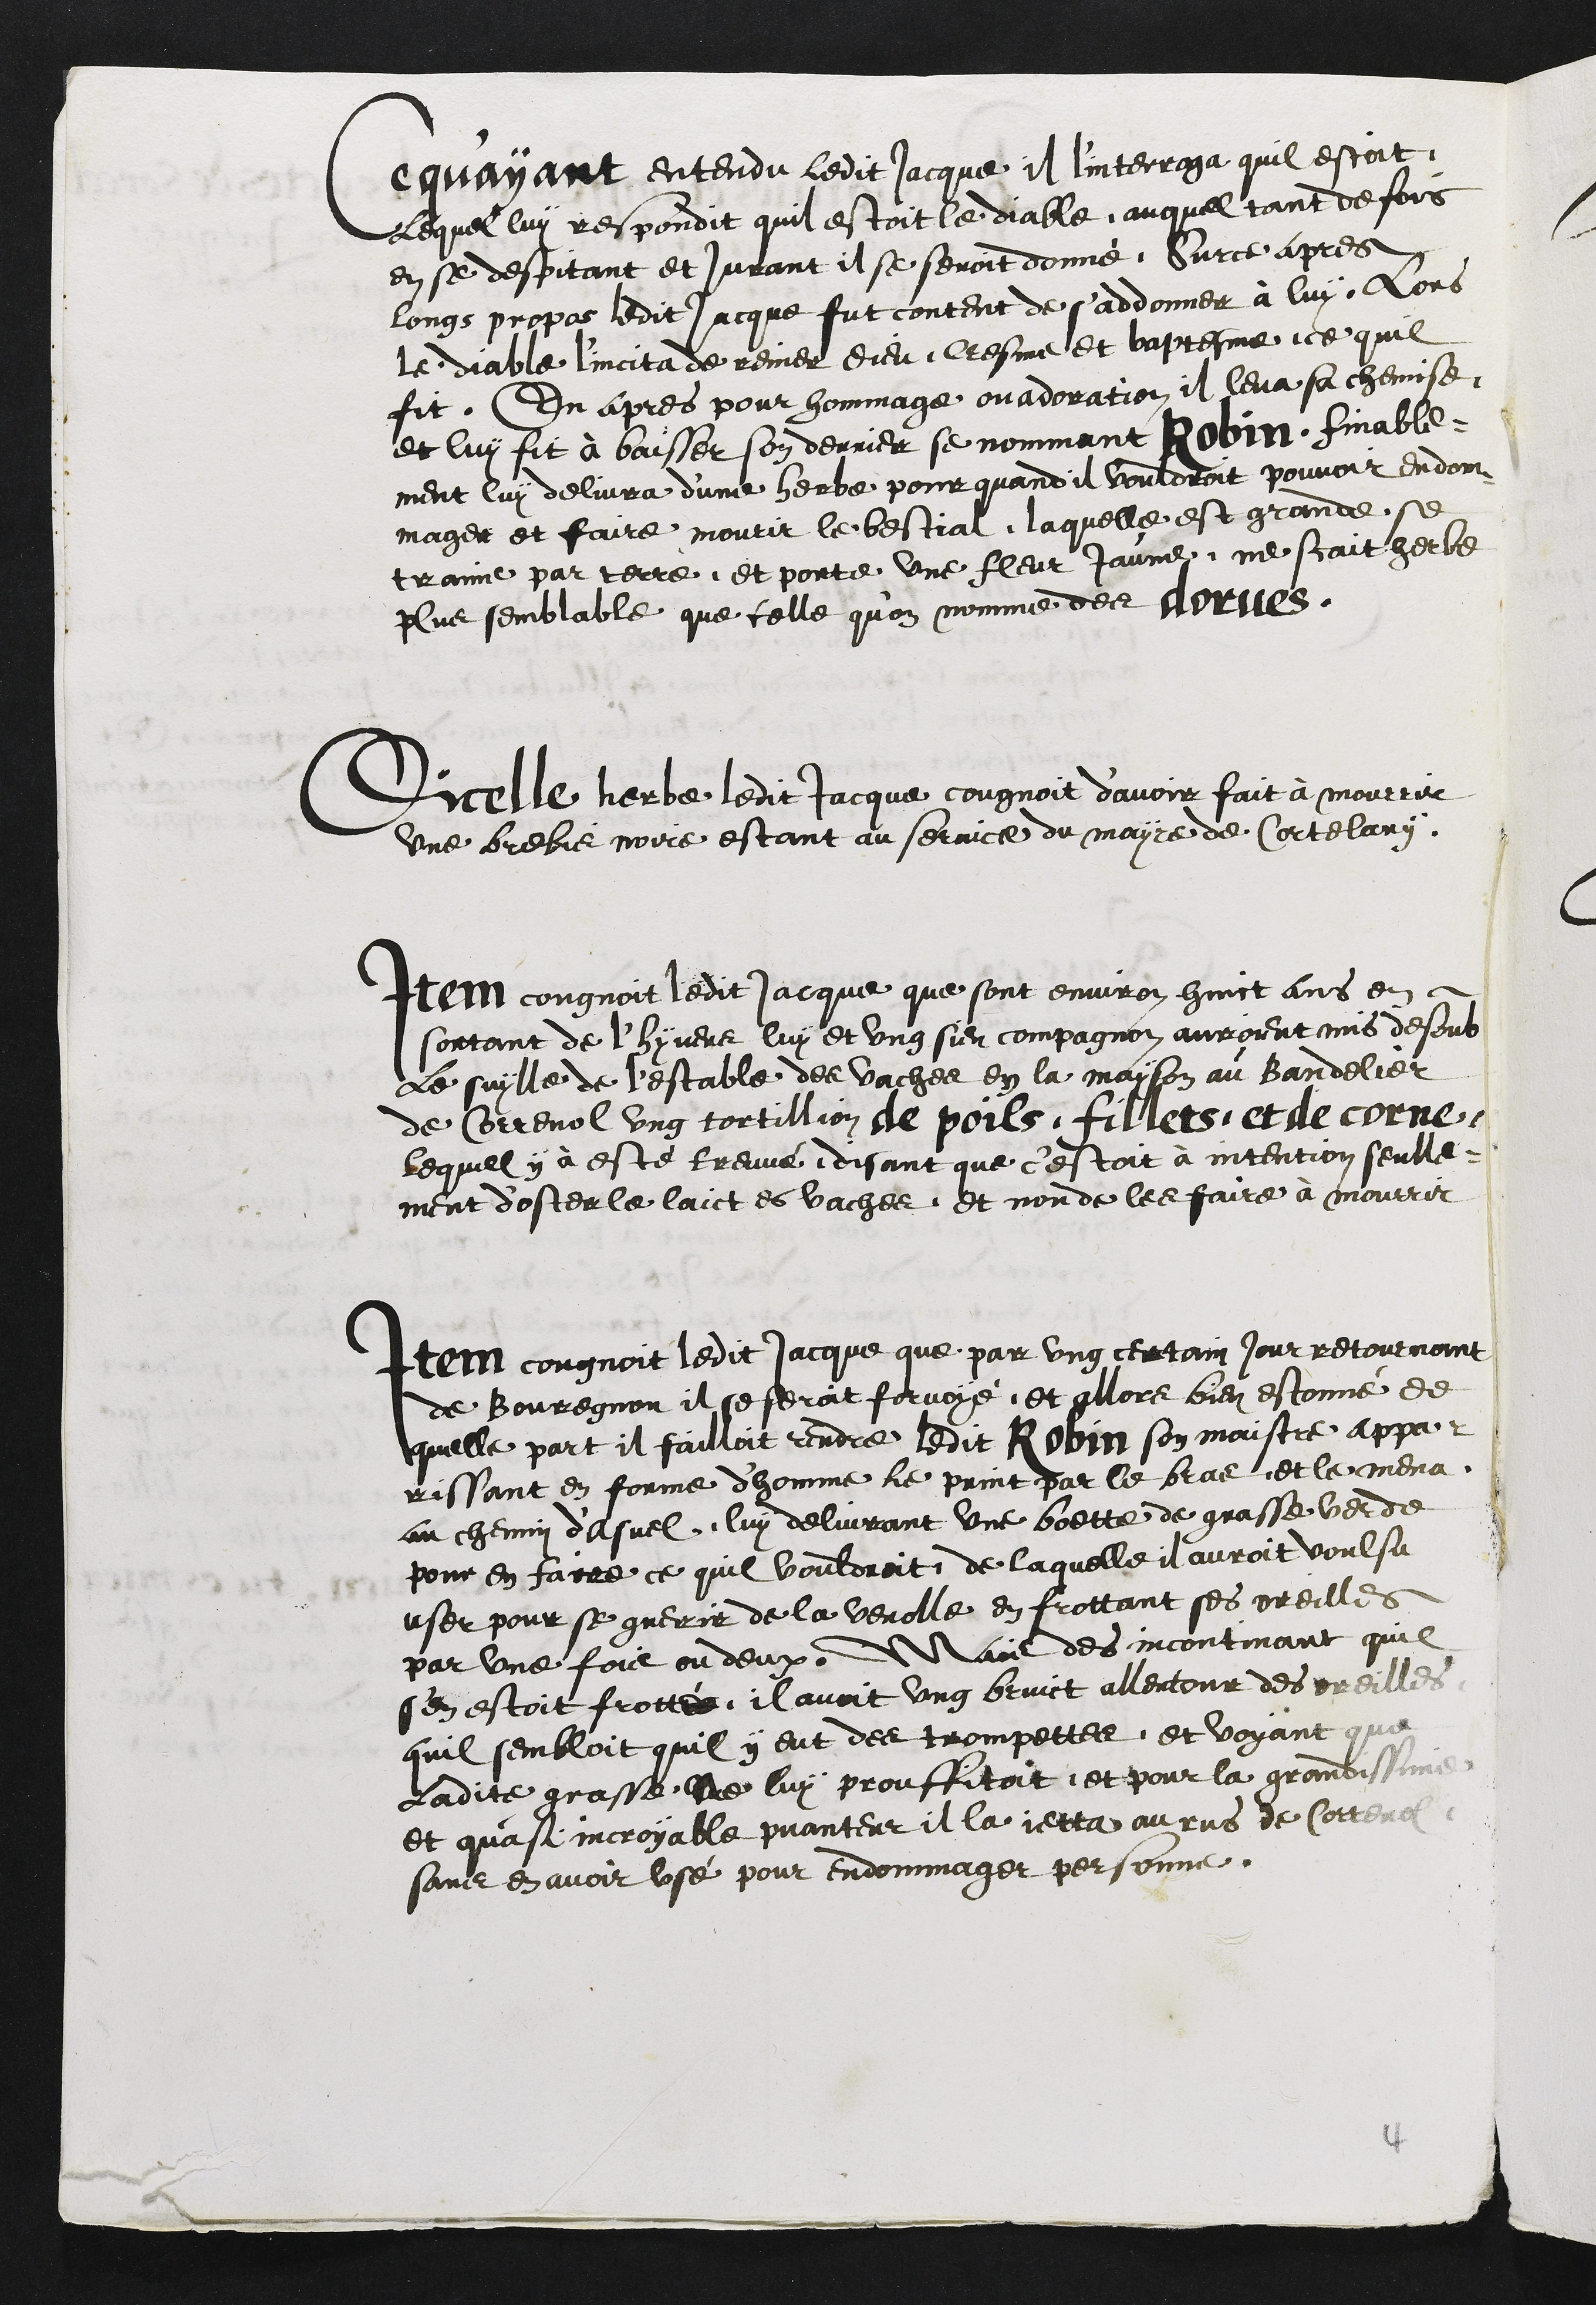
Ce qu'ayant entendu ledit Jacque il l'interroga quil estoit
Lequel lui respondit quil estoit le diable auquel tant de fois
en se despitant et jurant il se seroit donné. Surce apres
longs propos ledit Jacque fut content de s'addonner à luy Lors
le diable l'incita de renier dieu, cresme et baptesme ce quil
fit. En apres pour hommage ou adoration il leva sa chemise
et luy fit à baisser son derrier se nommant Robin finable-
ment lui delivra d'une herbe pour quand il vouldroit pouvoir endom-
mager et faire mourir le bestial, laquelle est grande, se
trainne par terre et porte une fleur Jaune, ne scait herbe
plus semblable que celle qu'on nomme des dorues.
dicelle herbe ledit Jacque cougnoit d'avoir fait à mourrir
une brebis noire estant au service du mayre de Cortelary
Item congnoit ledit Jacque que sont environ huict ans en
sortant de l'hyver luy et ung sien compagnon auroient mis desoub
le suylle de l'estable des vaches en la mayson au Bandelier
de Correnol ung tortillion de poils, fillets et de corne
Lequel y à esté treuvé disant que c'estoit à intention seulle-
ment d'oster le laict es vaches et non de les faire à mourrir
Item congnoit ledit Jacque que par ung certain jour retournant
de Bouregnon il se seroit forvoyé et allors bien estonné de
quelle part il failloit rendre ledit Robin son maistre appar-
rissant en forme d'homme le print par le bras et le mena
au chemin d'Asuel, luy delivrant une boette de grasse verde
pour en faire ce quil vouldroit de laquelle il auroit voulsu
user pour se guerir de la verolle en frottant ses oreilles
par une fois ou deux. Mais des incontinant quil
s'en estoit frotté, il avoit ung bruict allentour des oreilles
quil sembloit quil y eut des trompettes et voyant que
ladite grasse ne luy prouffitoit et pour la grandissime
et quasi incroyable puanteur il la jetta au rus de Correnol
sans en avoit usé pour endommager personne

4